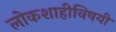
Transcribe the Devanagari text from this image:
लोकशाहीविषयी